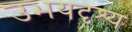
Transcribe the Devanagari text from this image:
उभयदृश्य